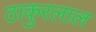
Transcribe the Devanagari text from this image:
ठाकुरलाल